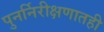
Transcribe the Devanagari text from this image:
पुनर्निरीक्षणातही